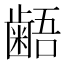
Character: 𪘚